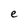
Character: e